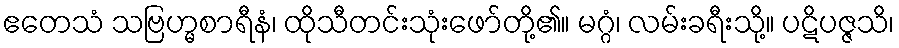
ဧတေသံ သဗြဟ္မစာရီနံ၊ ထိုသီတင်းသုံးဖော်တို့၏။ မဂ္ဂံ၊ လမ်းခရီးသို့။ ပဋိပဇ္ဇသိ၊